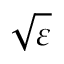
\sqrt { \varepsilon }